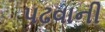
પઢવાની